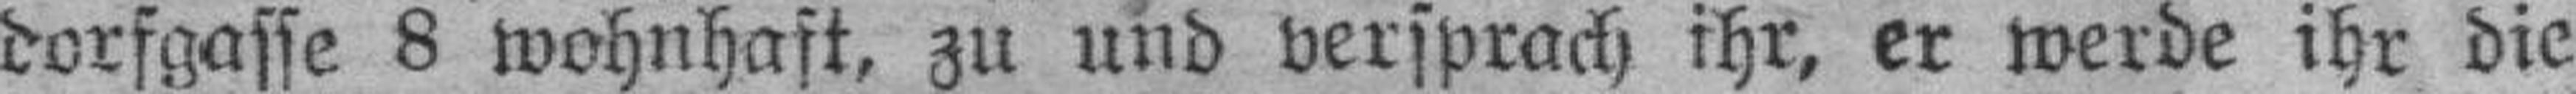
dorfgasse 8 wohnhaft, zu und versprach ihr, er werde ihr die